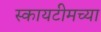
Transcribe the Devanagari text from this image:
स्कायटीमच्या